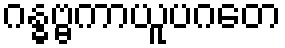
ဂန္ဓဗ္ဗကာယူပဂတေ